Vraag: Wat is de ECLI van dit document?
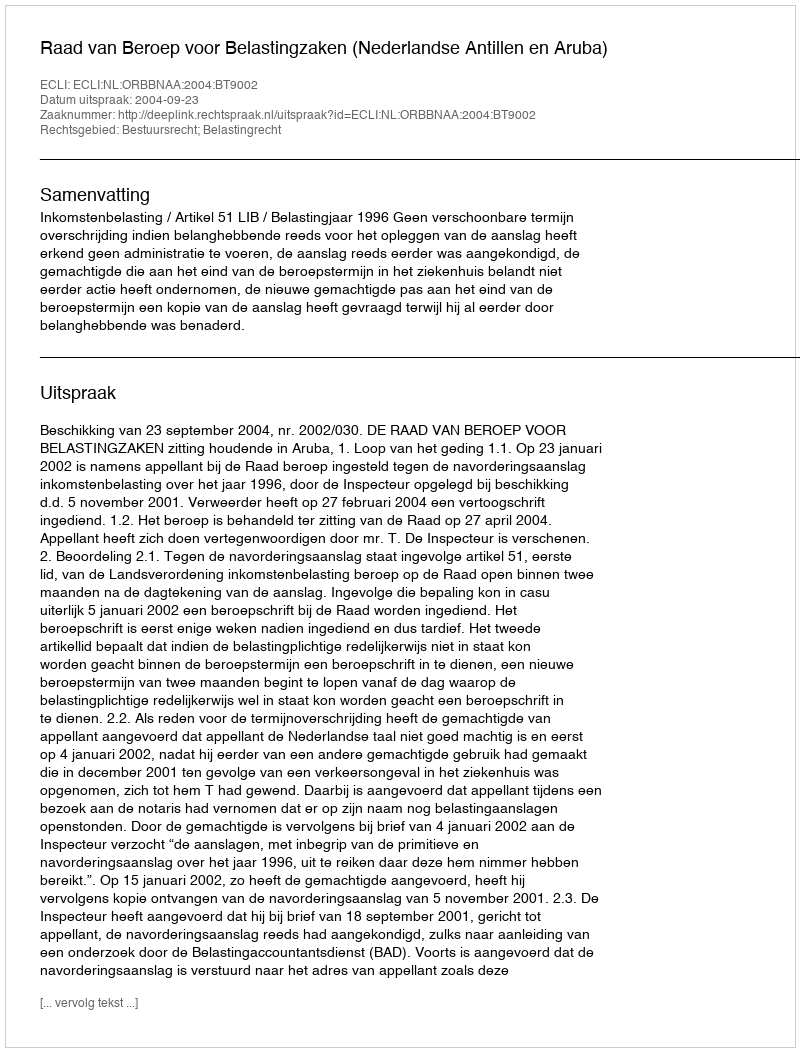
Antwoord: ECLI:NL:ORBBNAA:2004:BT9002